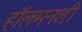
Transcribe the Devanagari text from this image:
हॉलमनशी